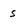
Character: s